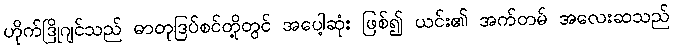
ဟိုက်ဒြိုဂျင်သည် ဓာတုဒြပ်စင်တို့တွင် အပေါ့ဆုံး ဖြစ်၍ ယင်း၏ အက်တမ် အလေးဆသည်